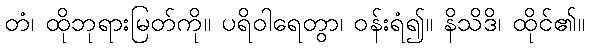
တံ၊ ထိုဘုရားမြတ်ကို။ ပရိဝါရေတွာ၊ ဝန်းရံ၍။ နိသိဒိ၊ ထိုင်၏။